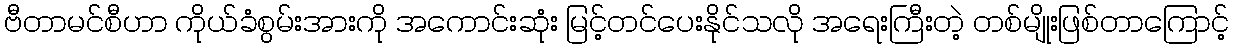
ဗီတာမင်စီဟာ ကိုယ်ခံစွမ်းအားကို အကောင်းဆုံး မြင့်တင်ပေးနိုင်သလို အရေးကြီးတဲ့ တစ်မျိုးဖြစ်တာကြောင့်